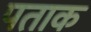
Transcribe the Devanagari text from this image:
पताक